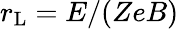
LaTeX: r_{\mathrm{L}}=E/(ZeB)